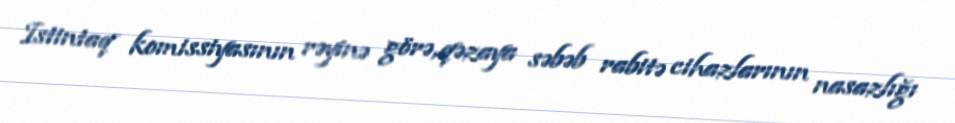
Istintaq komissiyasının rəyinə görə, qəzaya səbəb rabitə cihazlarının nasazlığı